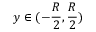
y \in ( - \frac { R } { 2 } , \frac { R } { 2 } )